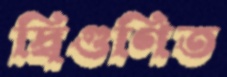
দ্বিগুণিত